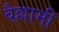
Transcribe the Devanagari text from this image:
बैल्लामी